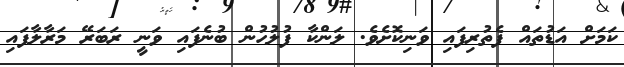
ކަމަށް އަޑުތައް ފެތުރިފައި ވަނިކޮށެވެ. ލަންކާ ފުލުހުން ބުނެފައި ވަނީ ރަބަރޭ މަރާލާފައި